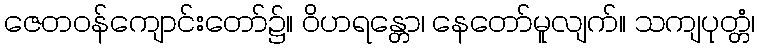
ဇေတဝန်ကျောင်းတော်၌။ ဝိဟရန္တော၊ နေတော်မူလျက်။ သကျပုတ္တံ၊